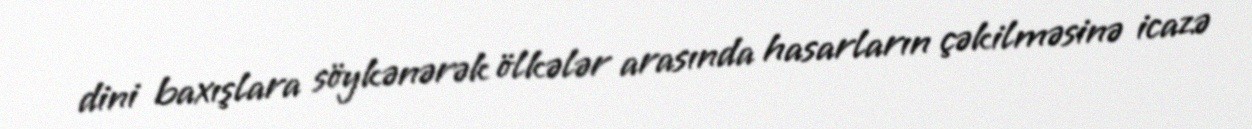
dini baxışlara söykənərək ölkələr arasında hasarların çəkilməsinə icazə